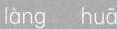
làng huā